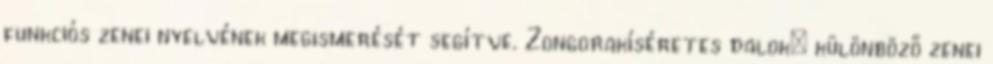
funkciós zenei nyelvének megismerését segítve. Zongorakíséretes dalok: különböző zenei